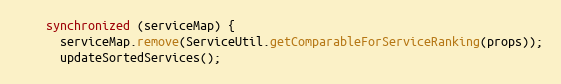
Language: Java
    synchronized (serviceMap) {
      serviceMap.remove(ServiceUtil.getComparableForServiceRanking(props));
      updateSortedServices();